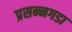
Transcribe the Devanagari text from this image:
प्रसन्नगडा